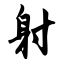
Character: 射